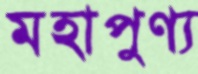
মহাপুণ্য